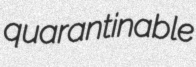
quarantinable